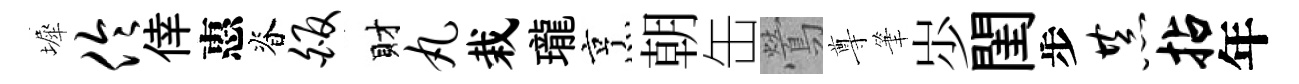
墀伶倖惠脊皈財丸栽瓏烹朝缶鶯尊筆𡵯閨步恭拈年